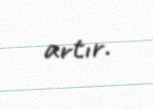
artır.